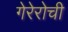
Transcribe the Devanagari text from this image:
गेरेरोची